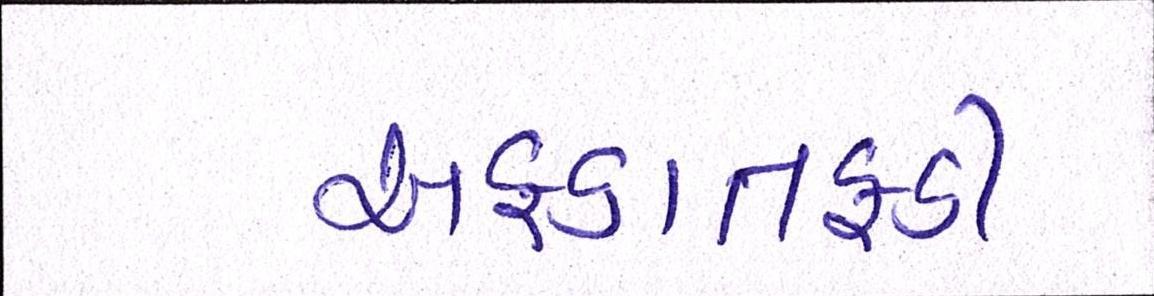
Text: અફડાતફડી